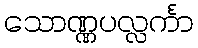
သောဏ္ဏပလ္လင်္ကာ